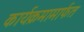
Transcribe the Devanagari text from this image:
कार्यक्रमामार्फत